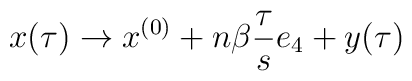
x(\tau) \rightarrow x^{(0)} + n \beta \frac{\tau}{s} e_{4} + y(\tau)